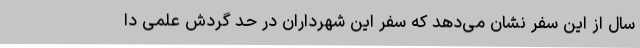
سال از این سفر نشان می‌دهد که سفر این شهرداران در حد گردش علمی دا